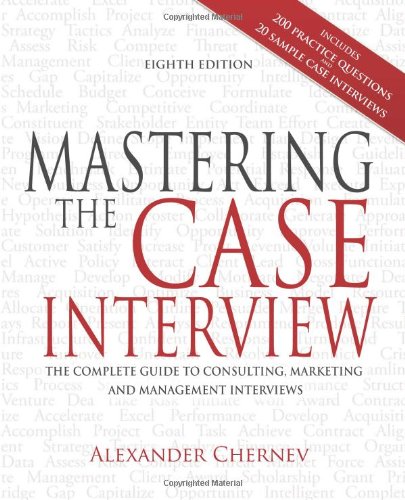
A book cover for Mastering the Case Interview: The Complete Guide to Consulting, Marketing, and Management Interviews, 8th Edition; Alexander Chernev; Business & Money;